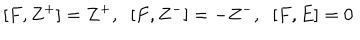
[ F , Z ^ { + } ] = Z ^ { + } , \; \; [ F , Z ^ { - } ] = - Z ^ { - } , \; \; [ F , E ] = 0